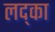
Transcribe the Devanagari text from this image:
लद्का